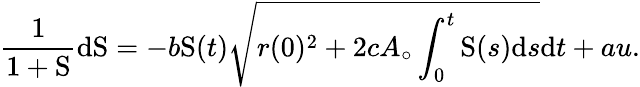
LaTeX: \frac{1}{1+\mathrm{S}}\mathrm{d}\mathrm{S}=-b\mathrm{S}(t)\sqrt{r(0)^{2}+2cA_{\circ}\int_{0}^{t}\mathrm{S}(s)\mathrm{d}s}\mathrm{d}t+au.